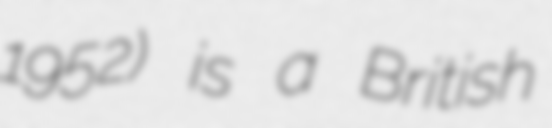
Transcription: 1952) is a British